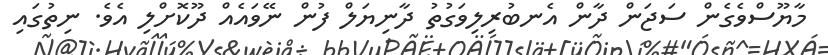
މާޔޫސްވެގެން ސަޖަން ދާން އެނބުރިލިވަގުތު ދާނިޔަލް ފުން ނޭވައެއް ދޫކޮށްލި އެވެ. ނިތުގައި